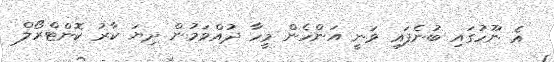
އެ ނޫހުގައި ބުނެފައި ވަނީ އަންހެން މީހާ ދުއްވަމުން ދިޔަ ކާރު ކޮންޓްރޯލް